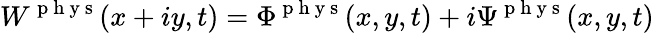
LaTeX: W^{\mathrm{~p~h~y~s~}}(x+iy,t)=\Phi^{\mathrm{~p~h~y~s~}}(x,y,t)+i\Psi^{\mathrm{~p~h~y~s~}}(x,y,t)